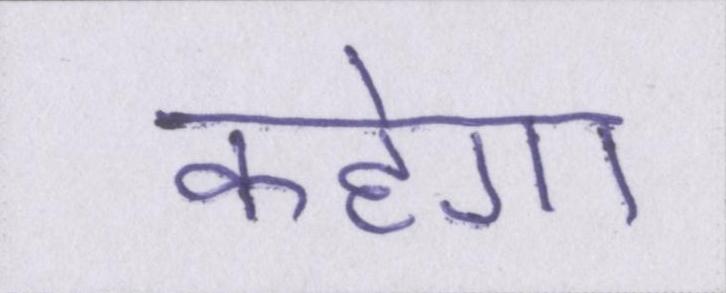
कहेगा